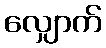
လျှောက်